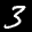
Label: 3